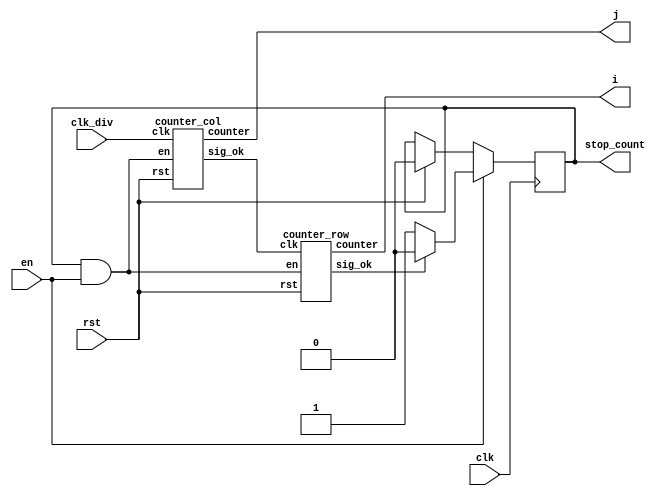
`timescale 1ns / 1ps
//////////////////////////////////////////////////////////////////////////////////
// Company: 
// Engineer: 
// 
// Design Name: 
// Module Name: controlMemoryAddressImg
// Project Name: 
// Target Devices: 
// Tool Versions: 
// Description: 
// 
// Dependencies: 
// 
// Revision:
// Revision 0.01 - File Created
// Additional Comments:
// 
//////////////////////////////////////////////////////////////////////////////////


module controlMemoryAddressImg
#(
    //counter for read memory 
    parameter counterWidth= 10   
)
(
    input clk, clk_div, en, rst, 
    output stop_count,
    output[counterWidth-1:0] i,j    
);
    wire sig_ok_1;
    wire sig_ok_2;
    reg sig_en;
    
    initial
    begin
        sig_en = 0;
    end

    counter_col counter_j(
        .clk(clk_div),
        .rst(rst),
        .en(sig_en & en),
        .counter(j),
        .sig_ok(sig_ok_1)
    );
    counter_row counter_i(
        .clk(sig_ok_1),
        .rst(rst),
        .en(sig_en & en),
        .counter(i),
        .sig_ok(sig_ok_2)
    );
    
    
    always @(posedge clk) //always @(*)
    begin
    if(rst)
    begin
        sig_en <= 0;
    end
    if(en)
    begin    
        if(sig_ok_2)
        begin
            sig_en <= 0;
        end
        else if(!sig_ok_2)
        begin
            sig_en <= 1;        
        end
    end          
    end    

//    always @(sig_ok_2) //always @(*)
//    begin    
//        if(sig_ok_2)
//        begin
//            sig_en <= 0;
//        end
//        else if(!sig_ok_2)
//        begin
//            sig_en <= 1;        
//        end      
//    end
    
    
    
    assign stop_count = sig_en;
endmodule


module counter_row
#(
    //counter for read memory 
    parameter counterWidth= 10,
    parameter n_c = 5'd28,  //number of column matrix image 
    parameter n_r = 5'd28  //number of rows matrix image 
     
)
(
    input clk, rst, en, 
    output[counterWidth-1:0] counter, 
    output sig_ok
);
                        
    reg [counterWidth-1:0] counter_2;
    reg ok;
    
    initial
    begin
        ok = 0;
    end
    
    // up counter
    always @(posedge clk or posedge rst)
    begin
        if(rst)
        begin
            counter_2 <= 4'd0;
            ok <= 0;
        end
        else if(en)
        begin
            counter_2 <= counter_2 + 4'd1;
            ok <= 0;
            if(counter_2 == (n_r - 4'd2 - 1))
            begin
                counter_2 <= 0;
                ok <= 1; 
            end
        end
    end 
    assign counter = counter_2;
    assign sig_ok = ok;
endmodule


module counter_col
#(
    //counter for read memory 
    parameter counterWidth= 10,
    parameter n_c = 5'd28,  //number of column matrix image 
    parameter n_r = 5'd28  //number of rows matrix image 
)
(
    input clk, rst, en, 
    output[counterWidth-1:0] counter, 
    output sig_ok
);

    
    reg [counterWidth-1:0] counter_2;
    reg ok;
    
    initial
    begin
        ok = 0;
    end
    
    // up counter
    always @(posedge clk or posedge rst)
    begin
        if(rst)
        begin
            counter_2 <= 4'd0;
            ok <= 0;
        end
        else if(en)
        begin
            counter_2 <= counter_2 + 4'd1;
            ok <= 0;
            if(counter_2 == (n_c - 4'd2 -1))
            begin
                counter_2 <= 0;
                ok <= 1; 
            end
        end
    end 
    assign counter = counter_2;
    assign sig_ok = ok;
endmodule